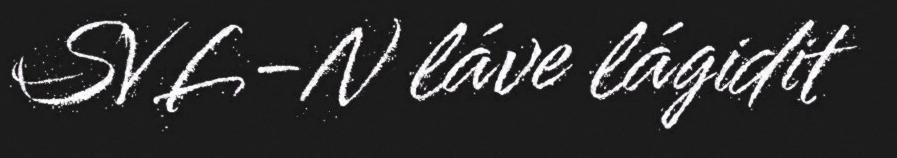
SVL-N láve lágidit